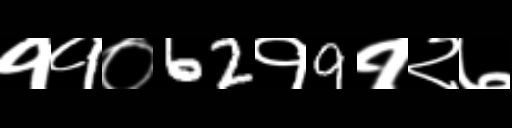
Text: ११०62१9१२७